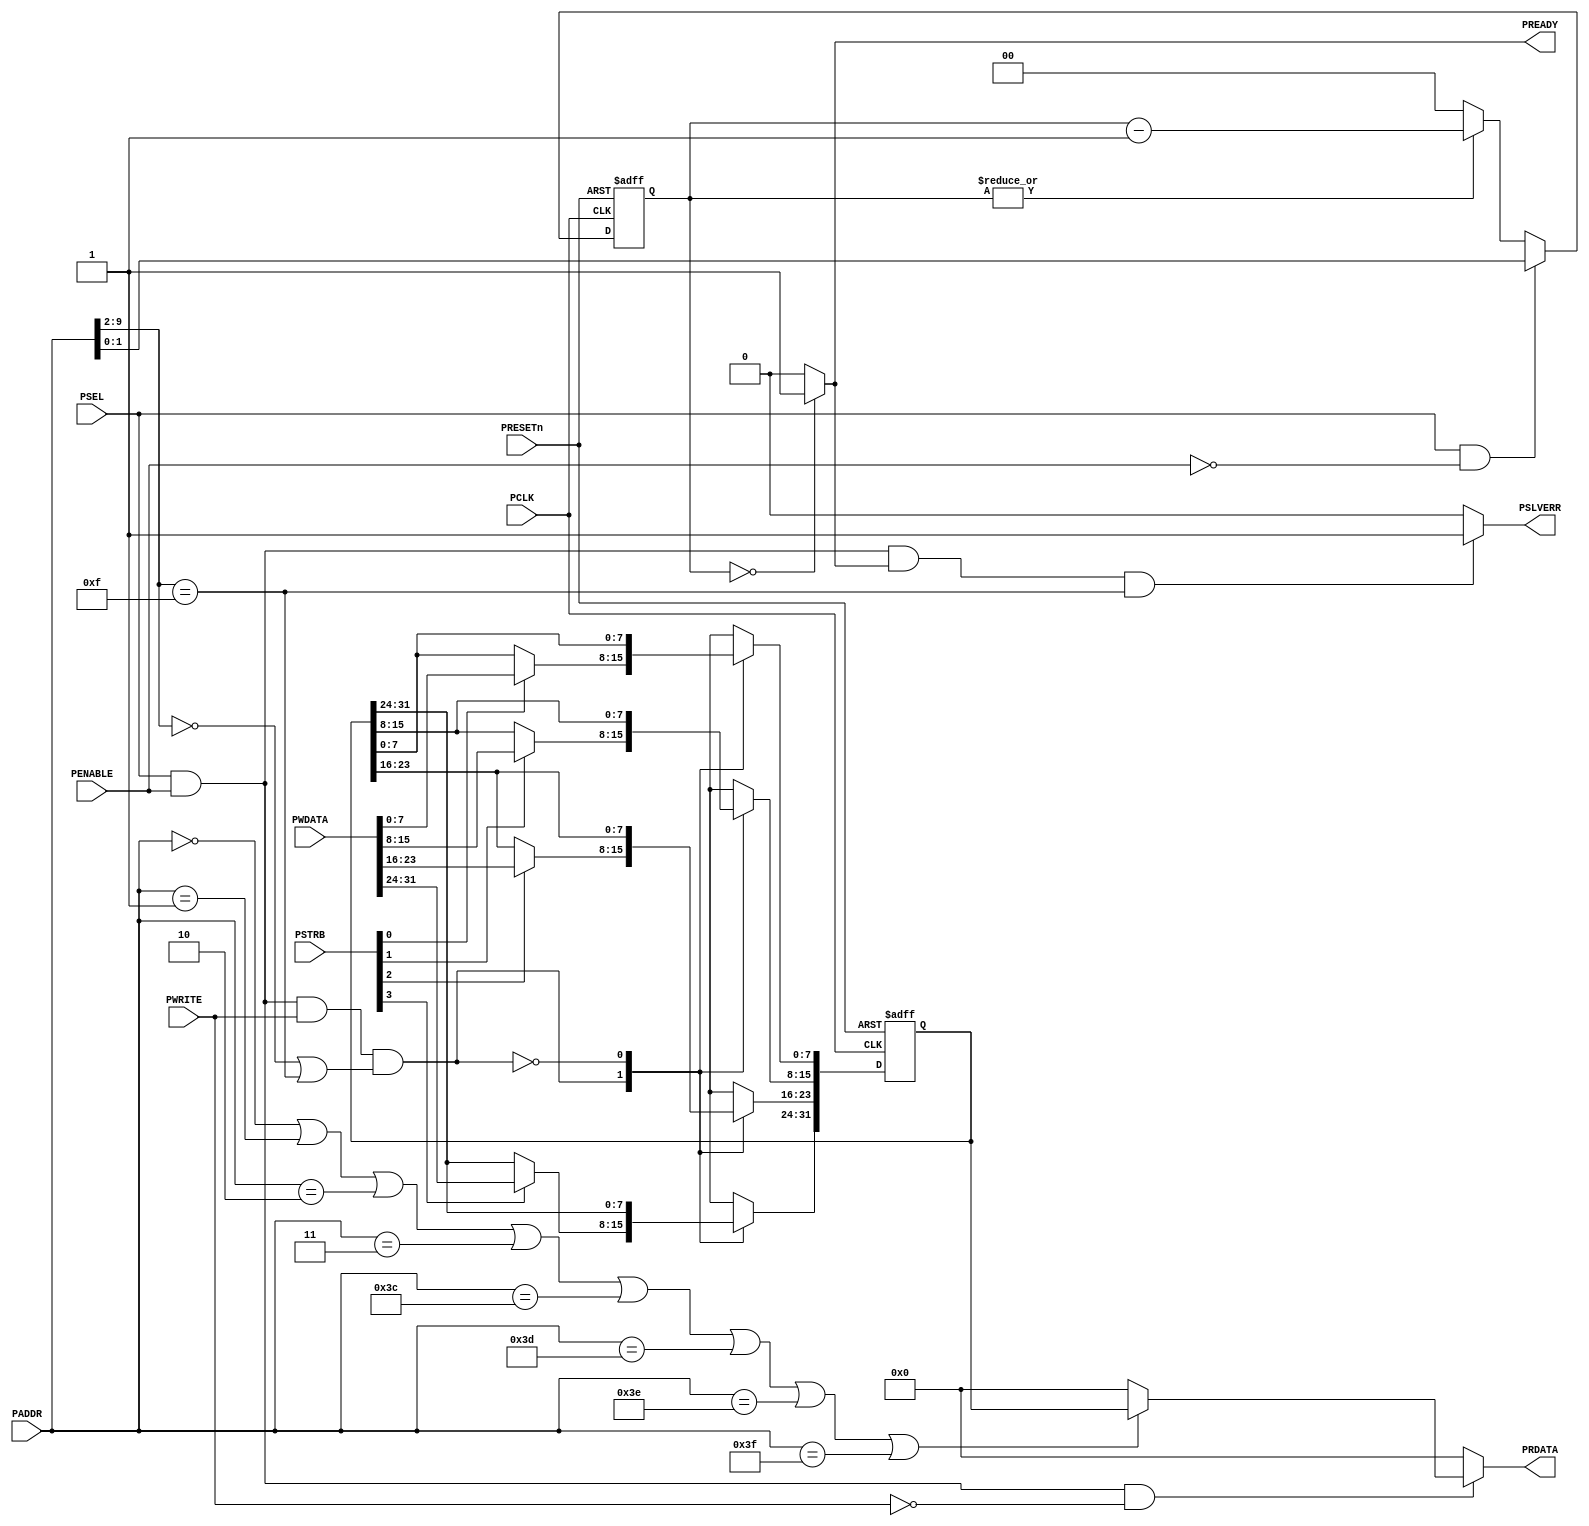
//-----------------------------------------------------------------------------
// The confidential and proprietary information contained in this file may
// only be used by a person authorised under and to the extent permitted
// by a subsisting licensing agreement from ARM Limited.
//
//            (C) COPYRIGHT 2010-2013 ARM Limited.
//                ALL RIGHTS RESERVED
//
// This entire notice must be reproduced on all copies of this file
// and copies of this file may only be made by a person if such person is
// permitted to do so under the terms of a subsisting license agreement
// from ARM Limited.
//
//      SVN Information
//
//      Checked In          : $Date: 2012-07-31 10:47:23 +0100 (Tue, 31 Jul 2012) $
//
//      Revision            : $Revision: 217027 $
//
//      Release Information : Cortex-M System Design Kit-r1p0-00rel0
//
//-----------------------------------------------------------------------------
//-----------------------------------------------------------------------------
// Abstract : APB test slave for testing of wait state and error response in
//            the APB subsystem. For validation purpose only.
//-----------------------------------------------------------------------------
//-------------------------------------
// Programmer's model
//  0x000   R/W    Data0[31:0], 0 wait state (2 cycles transfer)
//  0x004   R/W    Data0[31:0], 1 wait state (3 cycles transfer)
//  0x008   R/W    Data0[31:0], 2 wait states (4 cycles transfer)
//  0x00C   R/W    Data0[31:0], 3 wait states (5 cycles transfer)
//
//  0x0F0   R/W    Data0[31:0], 0 wait state, error response
//  0x0F4   R/W    Data0[31:0], 1 wait state, error response
//  0x0F8   R/W    Data0[31:0], 2 wait states, error response
//  0x0FC   R/W    Data0[31:0], 3 wait states, error response
//
//  other addresses : read zero, write ignored
//

module cmsdk_apb_test_slave(
  // IO declaration
  input  wire                    PCLK,     // clock
  input  wire                    PRESETn,  // reset

  // APB interface inputs
  input  wire                    PSEL,
  input  wire [11:2]             PADDR,
  input  wire                    PENABLE,
  input  wire                    PWRITE,
  input  wire [31:0]             PWDATA,
  input  wire [3:0]              PSTRB,

  // APB interface outputs
  output wire  [31:0]            PRDATA,
  output wire                    PREADY,
  output wire                    PSLVERR);

//------------------------------------------------------------------------------
// internal wires
//------------------------------------------------------------------------------
  reg   [31:0]              reg_data0;  // data register
  reg   [31:0]              nxt_data0;
  reg   [ 1:0]              reg_wait_counter; // wait state counter
  reg   [ 1:0]              nxt_wait_counter;
  wire  [31:0]              read_data_mux;

//------------------------------------------------------------------------------
// Main code
//------------------------------------------------------------------------------
  // Data register
  always @(PSEL or PENABLE or PWRITE or PWDATA or PSTRB or PADDR or
    reg_data0)
    begin
    case (PSEL & PENABLE & PWRITE & ((PADDR[11:4]==8'h00)|(PADDR[11:4]==8'h0F)))
     1'b1:
      begin
      nxt_data0[ 7: 0] = (PSTRB[0]) ? PWDATA[ 7: 0] : reg_data0[ 7: 0];
      nxt_data0[15: 8] = (PSTRB[1]) ? PWDATA[15: 8] : reg_data0[15: 8];
      nxt_data0[23:16] = (PSTRB[2]) ? PWDATA[23:16] : reg_data0[23:16];
      nxt_data0[31:24] = (PSTRB[3]) ? PWDATA[31:24] : reg_data0[31:24];
      end
     1'b0:
      nxt_data0 = reg_data0;
     default:
      nxt_data0 = {32{1'bx}};
    endcase
    end

  // register data register
  always @(posedge PCLK or negedge PRESETn)
    begin
    if (~PRESETn)
      reg_data0 <= {32{1'b0}};
    else
      reg_data0 <= nxt_data0;
    end

  // Read data multiplexer
  assign read_data_mux = ((PADDR[11:2] == 10'b0000_0000_00) |
                          (PADDR[11:2] == 10'b0000_0000_01) |
                          (PADDR[11:2] == 10'b0000_0000_10) |
                          (PADDR[11:2] == 10'b0000_0000_11) |
                          (PADDR[11:2] == 10'b0000_1111_00) |
                          (PADDR[11:2] == 10'b0000_1111_01) |
                          (PADDR[11:2] == 10'b0000_1111_10) |
                          (PADDR[11:2] == 10'b0000_1111_11) ) ? reg_data0 : {32{1'b0}};

  // Wait counter
  always @(PSEL or PENABLE or PADDR or reg_wait_counter)
    begin
    if (PSEL & (~PENABLE)) // Set counter at first cycle of APB transfer
      nxt_wait_counter = PADDR[3:2];
    else if  (|reg_wait_counter) // Decrement after 1st cycle
      nxt_wait_counter = reg_wait_counter - 2'b01;
    else // Idle
      nxt_wait_counter = 2'b00;
    end

  // register wait counter
  always @(posedge PCLK or negedge PRESETn)
    begin
    if (~PRESETn)
      reg_wait_counter <= 2'b00;
    else
      reg_wait_counter <= nxt_wait_counter;
    end

  assign PREADY = (reg_wait_counter==2'b00) ?  1'b1 : 1'b0;

  // Error response
  assign PSLVERR = (PSEL & PENABLE & PREADY & (PADDR[11:4]==8'h0F)) ? 1'b1 : 1'b0;

  assign PRDATA  = (PSEL & PENABLE & (~PWRITE)) ? read_data_mux : {32{1'b0}};

endmodule